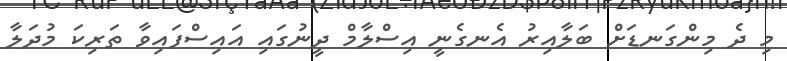
މި ދެ މިންގަނޑަށް ބަލާއިރު އެނގެނީ އިސްލާމް ދީނުގައި އައިސްފައިވާ ތަރިކަ މުދަލާ